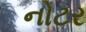
નોટર